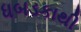
ધબડકાથી